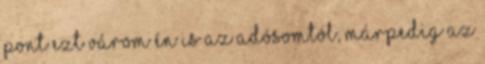
Pont ezt várom én is az adósomtól, márpedig az